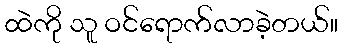
ထဲကို သူ ဝင်ရောက်လာခဲ့တယ်။